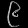
Digit: ၉